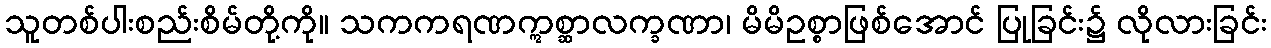
သူတစ်ပါးစည်းစိမ်တို့ကို။ သကကရဏဣစ္ဆာလက္ခဏာ၊ မိမိဥစ္စာဖြစ်အောင် ပြုခြင်း၌ လိုလားခြင်း